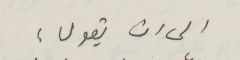
الى ان يقول :